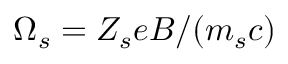
\Omega _ { s } = Z _ { s } e B / ( m _ { s } c )